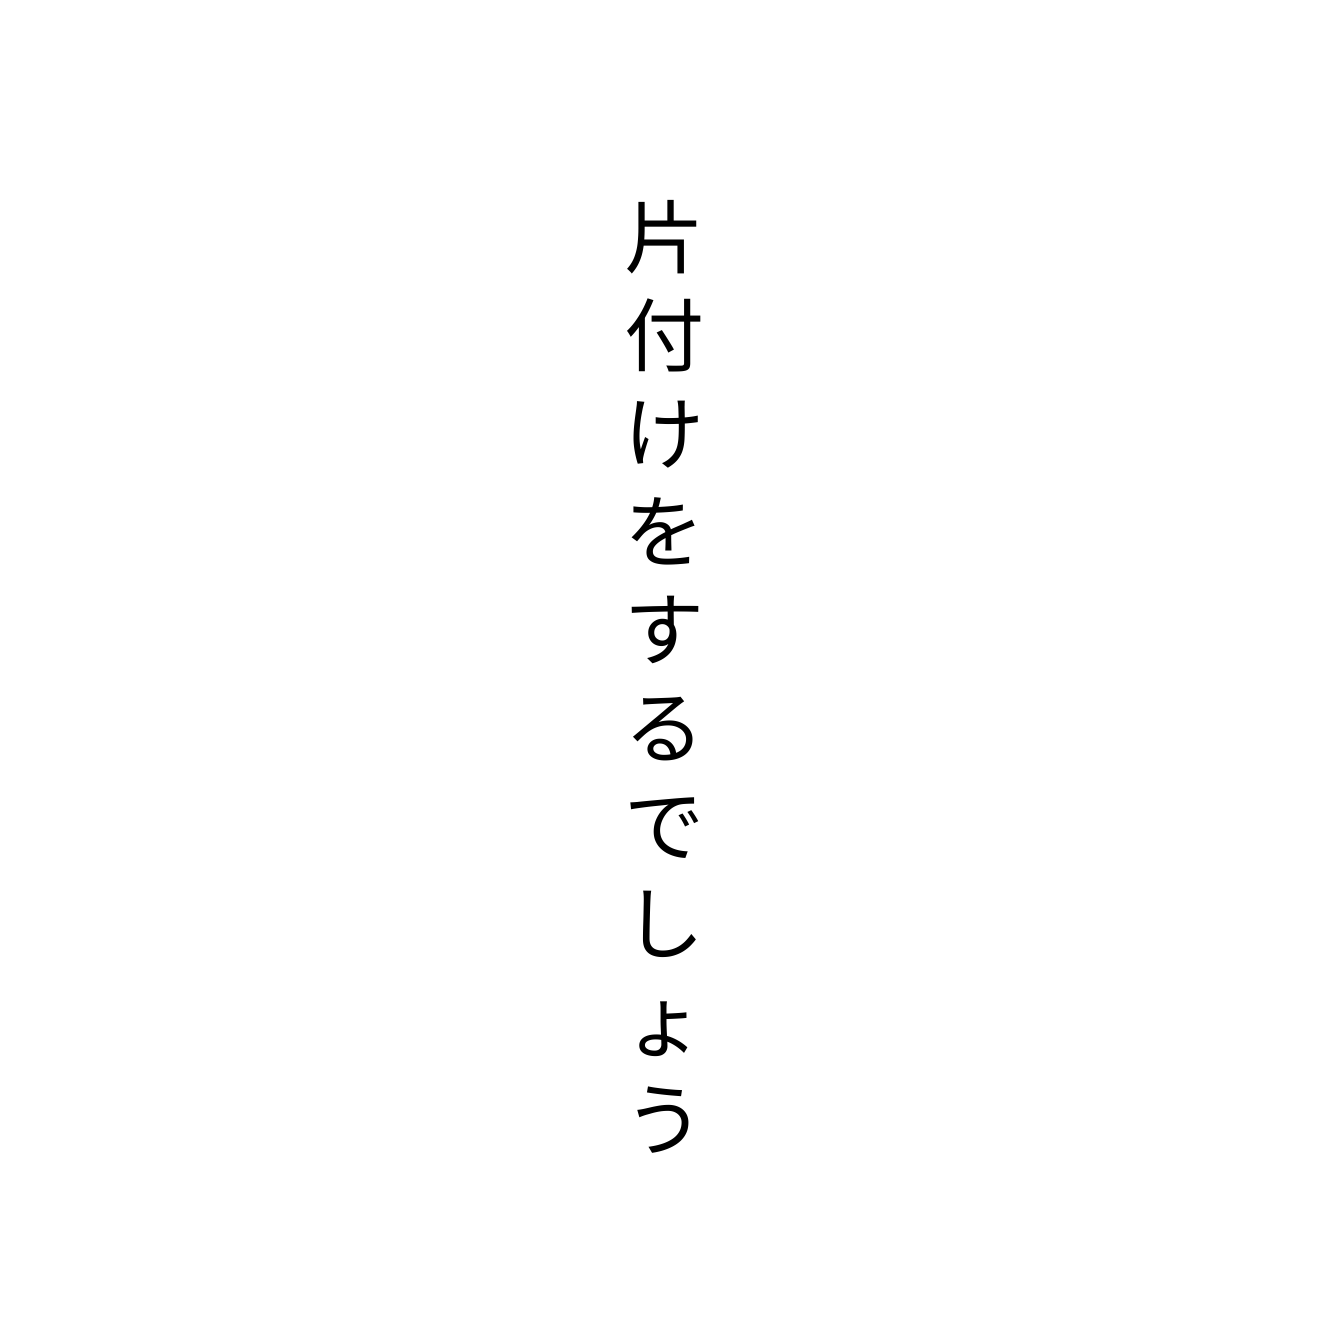
片付けをするでしょう